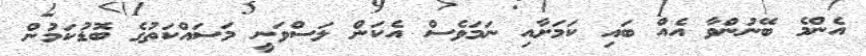
އެންމެ ބޭނުންވާ އެއް ބައި ކަމަށާއި ނަމަވެސް އެކަން ލަސްވަނީ މަސައްކަތުގެ ބޮޑުކަމުން